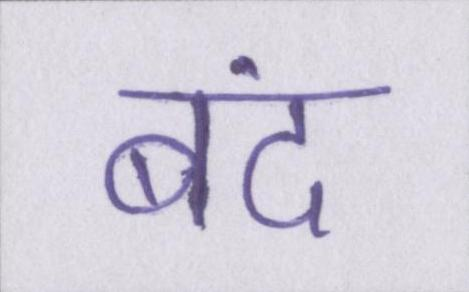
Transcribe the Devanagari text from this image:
बंद